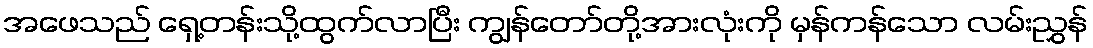
အဖေသည် ရှေ့တန်းသို့ထွက်လာပြီး ကျွန်တော်တို့အားလုံးကို မှန်ကန်သော လမ်းညွှန်